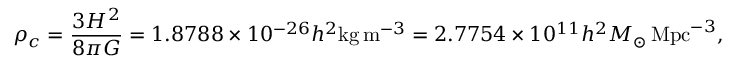
\rho _ { c } = { \frac { 3 H ^ { 2 } } { 8 \pi G } } = 1 . 8 7 8 8 \times 1 0 ^ { - 2 6 } h ^ { 2 } \mathrm { { k g } } \, \mathrm { { m } } ^ { - 3 } = 2 . 7 7 5 4 \times 1 0 ^ { 1 1 } h ^ { 2 } M _ { \odot } \, \mathrm { { M p c } } ^ { - 3 } ,